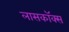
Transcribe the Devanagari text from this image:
लासकॉक्स